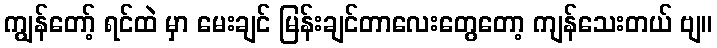
ကျွန်တော့် ရင်ထဲ မှာ မေးချင် မြန်းချင်တာလေးတွေတော့ ကျန်သေးတယ် ဗျ။